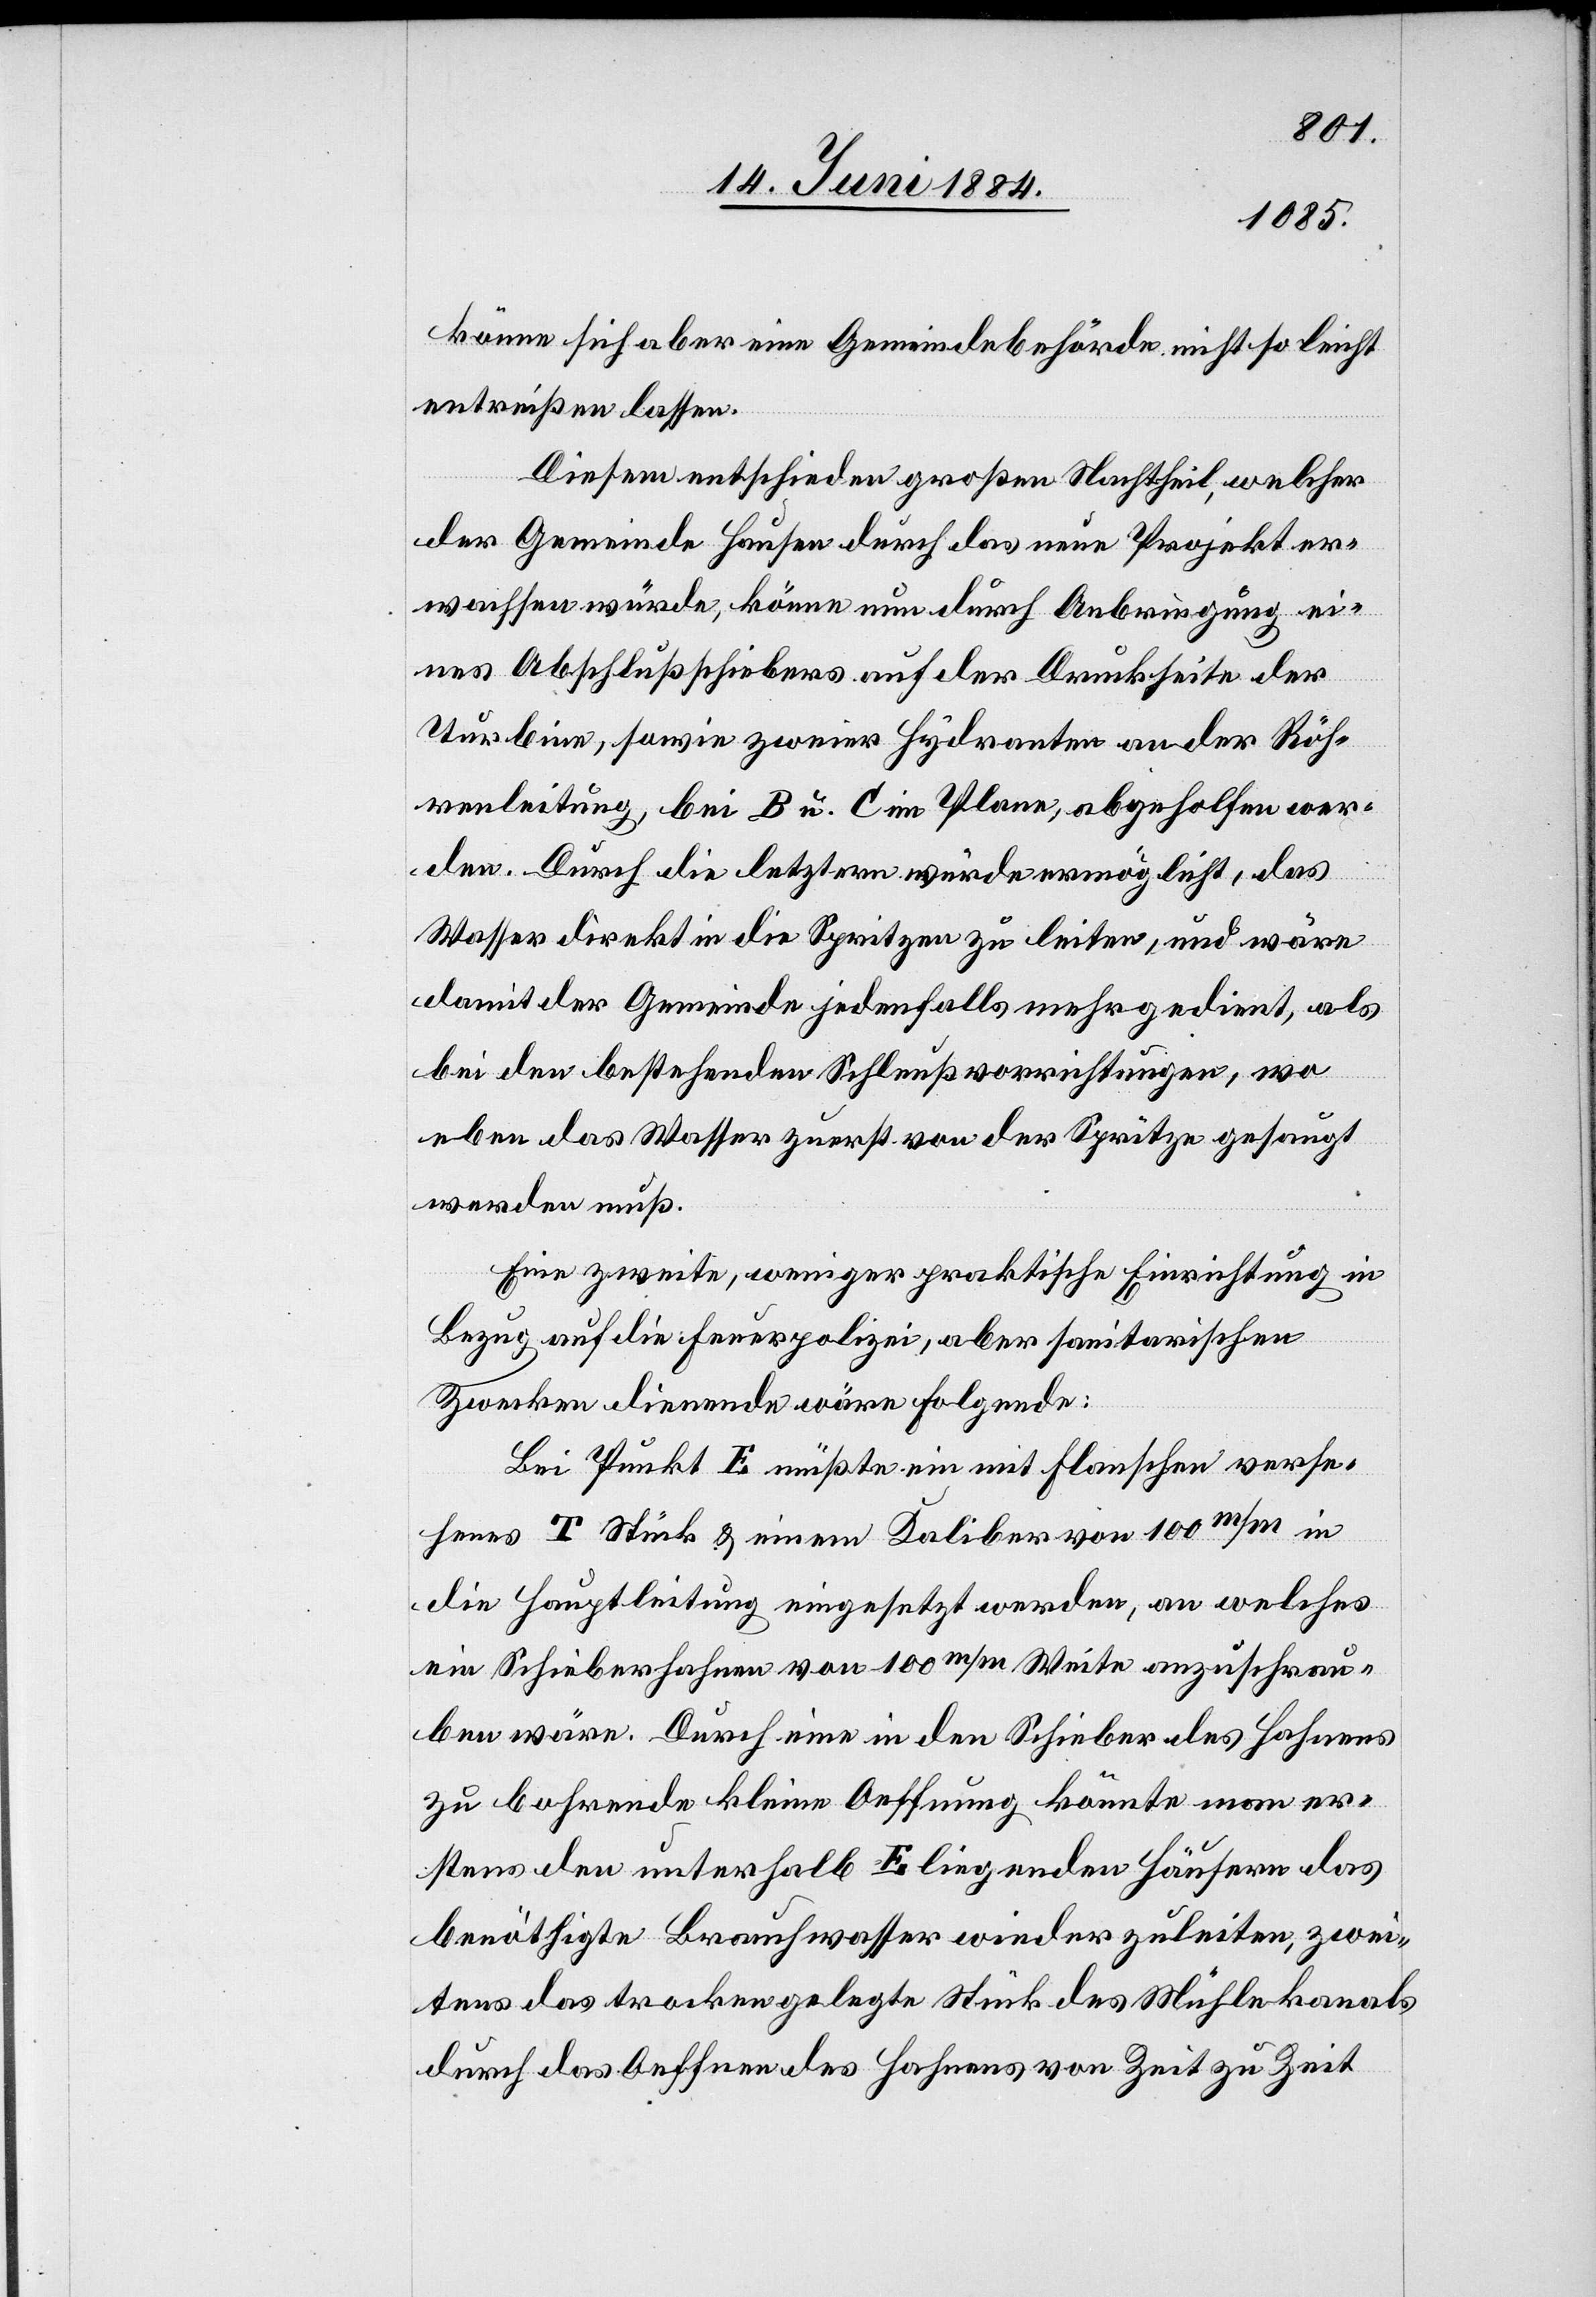
könne sich aber eine Gemeindebehörde nicht so leicht
entreißen lassen.
Diesem entschieden großen Nachtheil, welcher
der Gemeinde Hausen durch das neue Projekt er¬
wachsen würde, könne nun durch Anbringung ei¬
nes Abschlußschiebers auf der Druckseite der
Turbine, sowie zweier Hydranten an der Rörh¬
enleitung, bei B u. C im Plane, abgeholfen wer¬
den. Durch die letztere würde ermöglicht, das
Wasser direkt in die Spritzen zu leiten, und wäre
damit der Gemeinde jedenfalls mehr gedient, als
bei den bestehenden Schleußvorrichtungen, wo
eben das Wasser zuerst von der Spritze gesaugt
werden muß.
Eine zweite, weniger praktische Einrichtung in
Bezug auf die Feuerpolizei, aber sanitarischen
Zwecke dienende wäre folgende:
Bei Punkt E müßte ein mit Flanschen verse¬
henes T Stück & einem Kaliber von 100 m/m in
die Hauptleitung eingesetzt werden, an welches
ein Schieberhahnen von 100 m/m Weite anzuschrau¬
ben wäre. Durch eine in den Schieber des Hahnens
zu bohrende kleine Oeffnung könnte man er¬
stens den unterhalb E liegenden Häusern das
benöthigte Brauchwasser wieder zuleiten, zwei¬
tens das trockengelegte Stück des Mühlekanals
durch das Oeffnen des Hahnens von Zeit zu Zeit